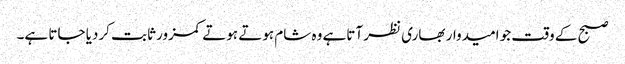
صبح کے وقت جو امیدوار بھاری نظر آتاہے وہ شام ہوتے ہوتے کمزور ثابت کردیا جاتا ہے۔